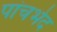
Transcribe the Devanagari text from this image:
पांचभेद